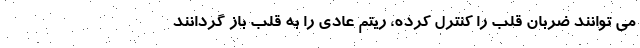
می توانند ضربان قلب را کنترل کرده، ریتم عادی را به قلب باز گردانند